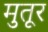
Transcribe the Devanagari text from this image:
मुतूर